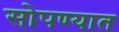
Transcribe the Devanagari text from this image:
सोपण्यात